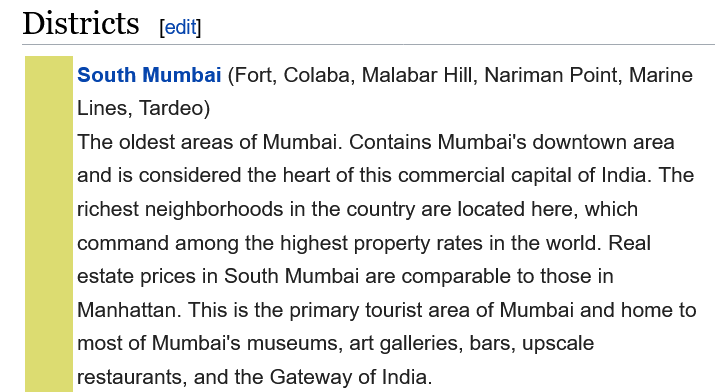
Districts
     South Mumbai (Fort, Colaba, Malabar Hill, Nariman Point, Marine
     Lines, Tardeo)
     The oldest areas of Mumbai. Contains Mumbai's downtown area
     and is considered the heart of this commercial capital of India. The
     richest neighborhoods in the country are located here, which
     command  among the highest property rates in the world. Real
     estate prices in South Mumbai are comparable to those in
     Manhattan. This is the primary tourist area of Mumbai and home to
     most of Mumbai's museums, art galleries, bars, upscale
     restaurants, and the Gateway of India.